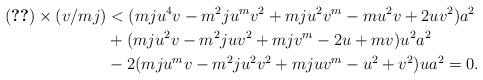
LaTeX: \begin{align*}\eqref{eq-to}\times ( v/mj ) &< (mju^4v - m^2ju^mv^2 + mju^2v^m - mu^2v + 2uv^2)a^2 \\& + (mju^2v - m^2juv^2 + mjv^m - 2u + mv)u^2a^2 \\&- 2(mju^mv - m^2ju^2v^2 + mjuv^m - u^2 + v^2)ua^2 =0.\end{align*}